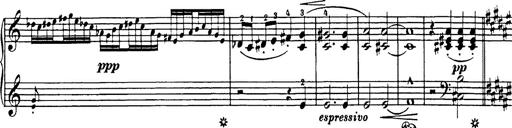
Title: Impromptu
Composer: JosÃ© MarÃ­a Usandizaga
Key: A major